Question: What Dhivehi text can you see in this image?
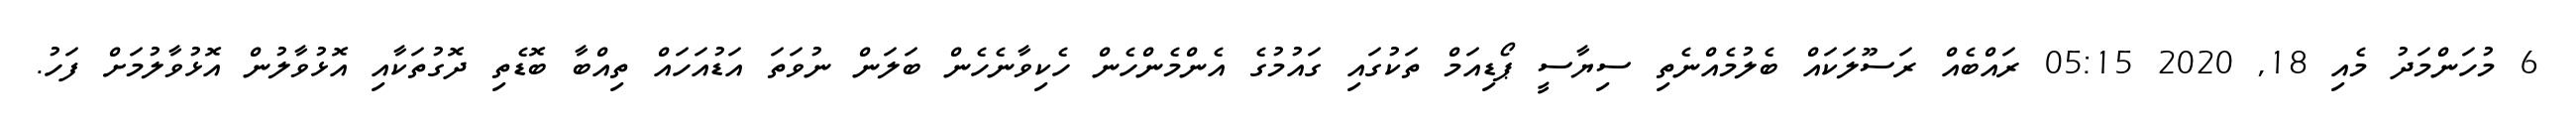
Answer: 6 މުހަންމަދު މެއި 18, 2020 05:15 ރައްބެއް ރަސޫލަކައް ބެލުމެއްނެތި ސިޔާސީ ޕޯޑިއަމް ތަކުގައި ގައުމުގެ އެންމެންހެން ހެކިވާނެހެން ބަލަން ނުވަތަ އަޑުއަހައް ތިއްބާ ބޮޑެތި ދޮގުތަކާއި އޮޅުވާލުން އޮޅުވާލުމަށް ފަހު.